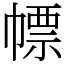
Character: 幖